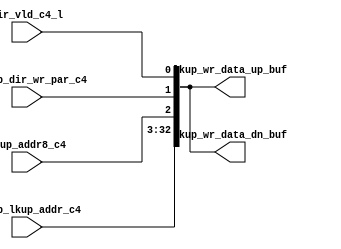
module sctag_dirg_buf(/*AUTOARG*/
   // Outputs
   lkup_wr_data_up_buf, lkup_wr_data_dn_buf, 
   // Inputs
   dirrep_dir_wr_par_c4, dir_vld_c4_l, lkup_addr8_c4, 
   tagdp_lkup_addr_c4
   );


input		dirrep_dir_wr_par_c4; // Right
input		dir_vld_c4_l; // Right
input		lkup_addr8_c4; // Right
input	[39:10]	tagdp_lkup_addr_c4; // Right Make sure that the pin order
				    // is same as in the driving block tagdp.

output	[32:0]	lkup_wr_data_up_buf;	// Top Msb to the left
output	[32:0]	lkup_wr_data_dn_buf;    // Bottom Msb to the left


// buffer should take 40-50 ps Max

assign	lkup_wr_data_up_buf = { tagdp_lkup_addr_c4, lkup_addr8_c4, dirrep_dir_wr_par_c4, dir_vld_c4_l };

assign	lkup_wr_data_dn_buf = { tagdp_lkup_addr_c4 , lkup_addr8_c4, dirrep_dir_wr_par_c4, dir_vld_c4_l }; 


endmodule